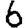
Digit: 6